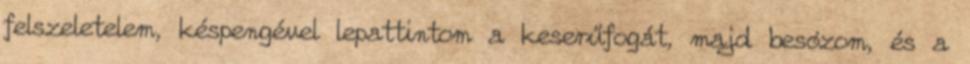
felszeletelem, késpengével lepattintom a keserűfogát, majd besózom, és a